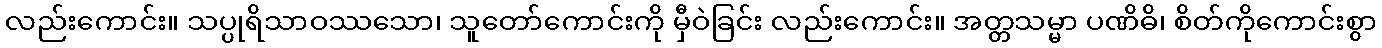
လည်းကောင်း။ သပ္ပုရိသာဝဿသော၊ သူတော်ကောင်းကို မှီဝဲခြင်း လည်းကောင်း။ အတ္တသမ္မာ ပဏိဓိ၊ စိတ်ကိုကောင်းစွာ